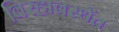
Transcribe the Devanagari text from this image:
विरहावस्थेंत